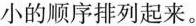
小的顺序排列起来。